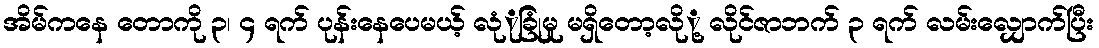
အိမ်ကနေ တောကို ၃၊ ၄ ရက် ပုန်းနေပေမယ့် လုံုခြုံမှု မရှိတော့လိုု့ လိုင်ဇာဘက် ၃ ရက် လမ်းလျှောက်ပြီး